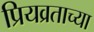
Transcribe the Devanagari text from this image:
प्रियव्रताच्या